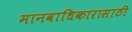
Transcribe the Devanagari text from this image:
मानवाधिकारासाठी